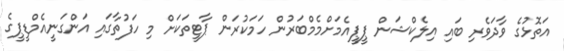
އަތޮޅުގެ ވާދަވެރި ބައި އިލެކްޝަން ޕީޕީއެމަށްމެމްބަރުން ހަމަކުރަން ޕާޓީތަކަށް މި ހަފުތާގައި އަންގަނީއެމްޑީޕީގެ